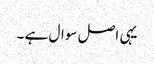
یہی اصل سوال ہے ۔